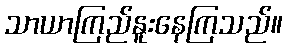
သာယာကြည်နူးနေကြသည်။